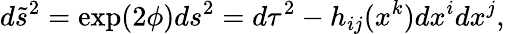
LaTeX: d\tilde{s}^{2}=\exp(2\phi)ds^{2}=d\tau^{2}-h_{ij}(x^{k})dx^{i}dx^{j},